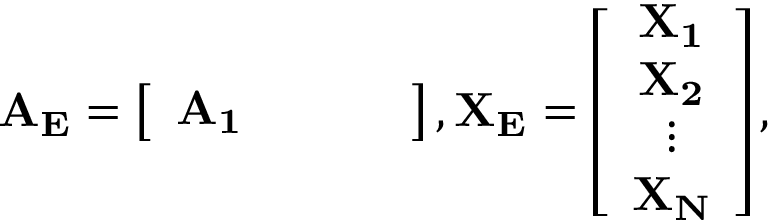
\mathbf { A _ { E } } = \left[ \begin{array} { c c c c } { \mathbf { A _ { 1 } } } & { } & { } & { } \end{array} \right] , \mathbf { X _ { E } } = \left[ \begin{array} { c } { \mathbf { X _ { 1 } } } \\ { \mathbf { X _ { 2 } } } \\ { \vdots } \\ { \mathbf { X _ { N } } } \end{array} \right] ,